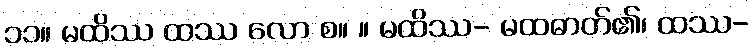
၁၁။ မထိဿ ထဿ လော စ။ ။ မထိဿ- မထဓာတ်၏၊ ထဿ-